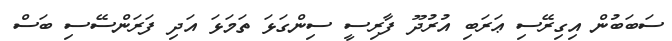
ސަބަބުން އިގިރޭސި ޢަރަބި އުރުދޫ ފާރިސީ ސިންގަޅަ ތަމަޅަ އަދި ފަރަންސޭސި ބަސް